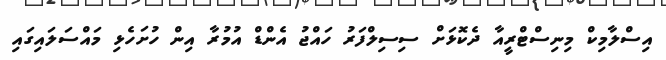
އިސްލާމިކް މިނިސްޓްރީއާ ދެކޮޅަށް ސިސިލްފަރު ހައްޖު އެންޑް އުމުރާ އިން ހުށަހެޅި މައްސަލައިގައި